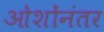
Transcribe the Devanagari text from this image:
ओशोंनंतर